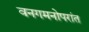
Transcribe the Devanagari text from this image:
वनगमनोपरांत